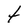
Character: t